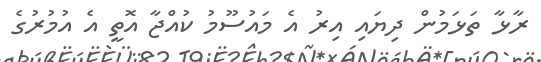
ރާޅާ ތަޅަމުން ދިޔައި އިރު އެ މައުސޫމު ކުއްޖާ އޮތީ އެ އުމުރުގެ